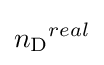
{n_{\mathrm {D} }}^{real}